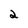
Character: 2